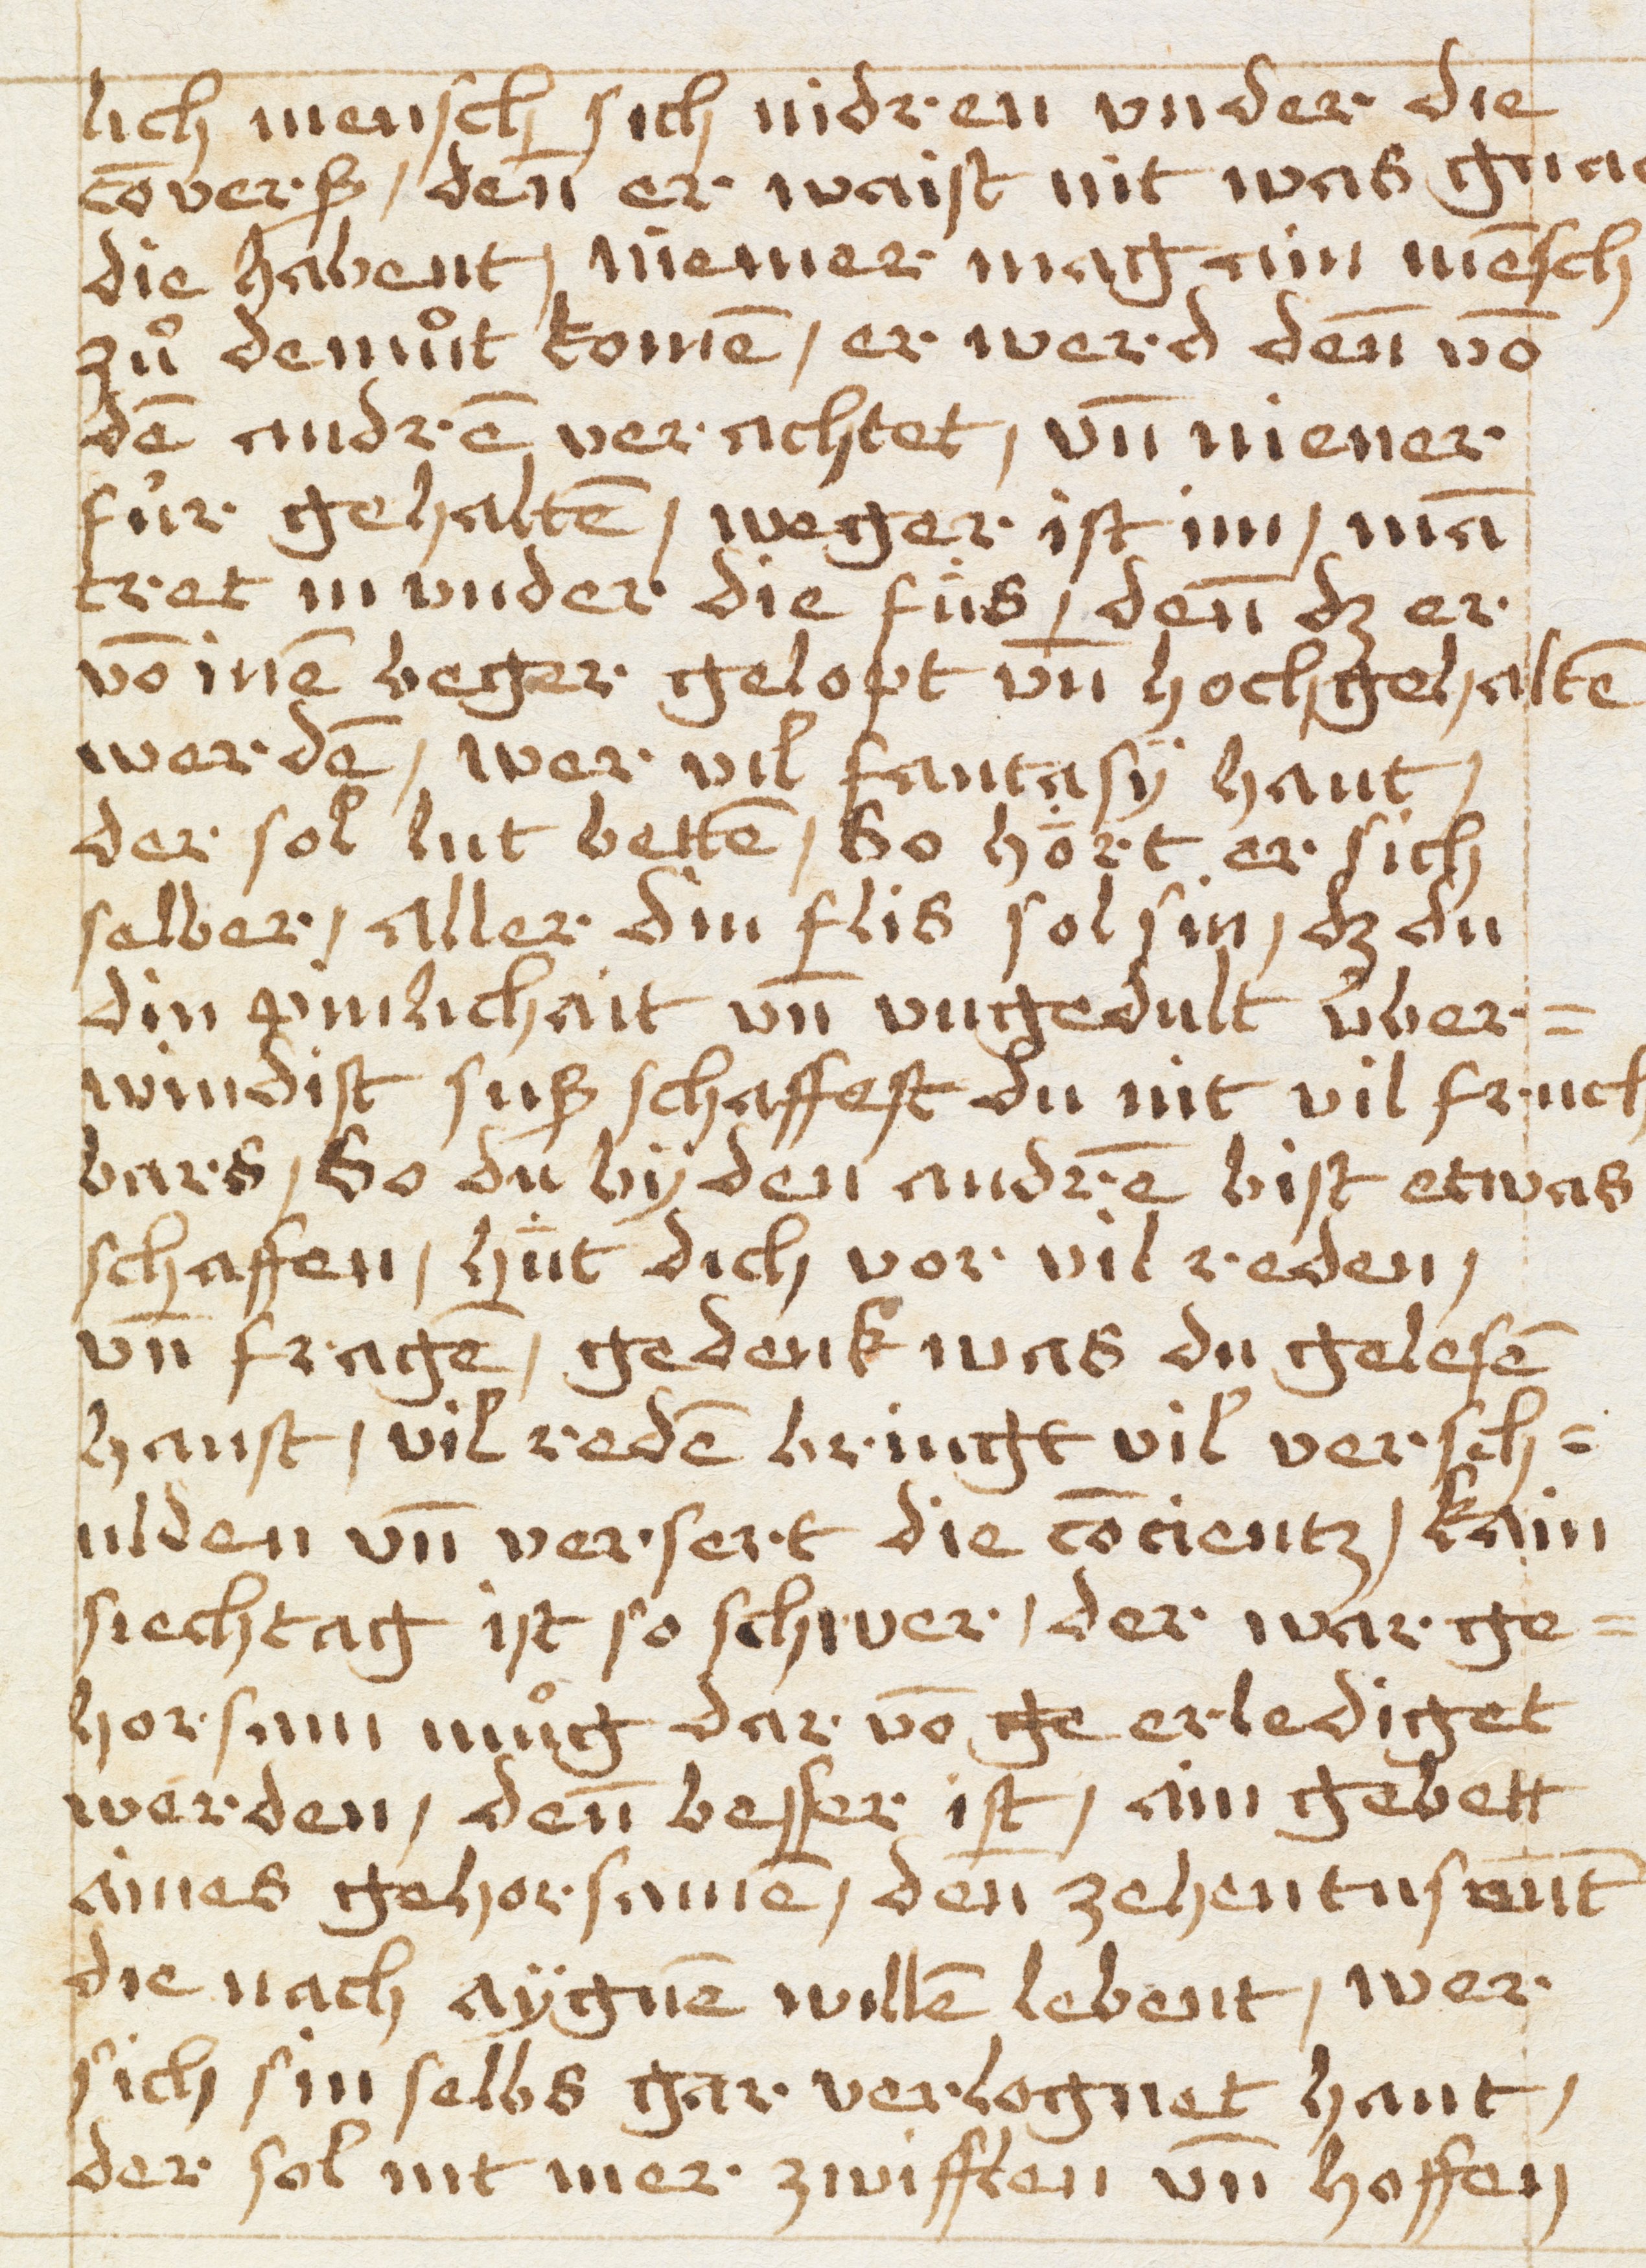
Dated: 1450–1499